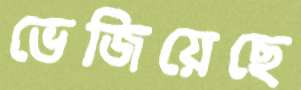
ভেজিয়েছে